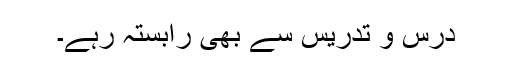
درس و تدریس سے بھی رابستہ رہے۔